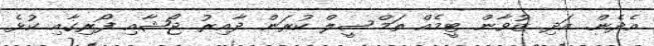
އެދެން. އަދި ޒުވާން ޓީމެއް ތަމްސީލް ކުރަން ދާއިރު ޖޯޝާއި ފޯރިގާއި ކުޅެ